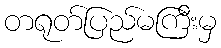
တရုတ်ပြည်မကြီးမှ